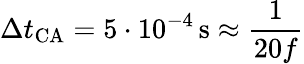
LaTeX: \Delta t_{\mathrm{CA}}=5\cdot 10^{-4}\, \mathrm{s}\approx\frac{1}{20f}